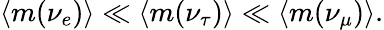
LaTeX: \langle m(\nu_{e})\rangle\ll\langle m(\nu_{\tau})\rangle\ll\langle m(\nu_{\mu})\rangle.